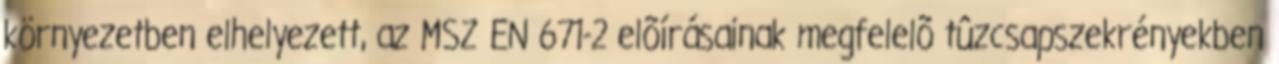
környezetben elhelyezett, az MSZ EN 671-2 elõírásainak megfelelõ tûzcsapszekrényekben